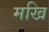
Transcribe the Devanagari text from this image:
मखि